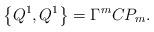
LaTeX: \begin{align*}\left\{ Q^{1},Q^{1}\right\} =\Gamma ^{m}CP_{m}. \end{align*}